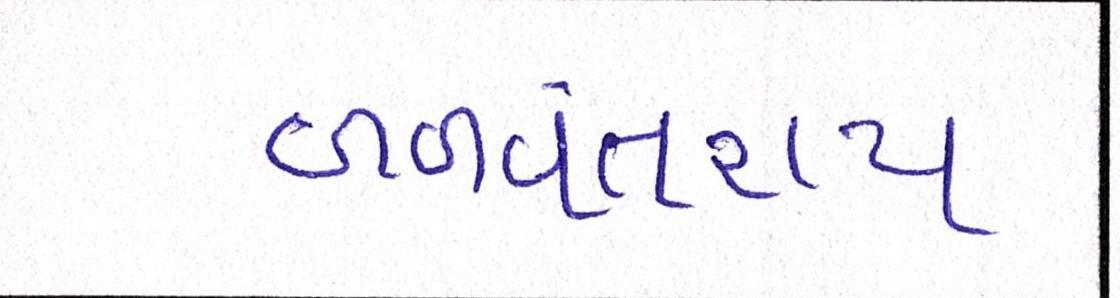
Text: બળવંતરાય